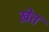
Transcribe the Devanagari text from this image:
ख़ेत